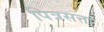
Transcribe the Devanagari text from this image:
पित्रसत्ता